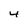
Character: 4